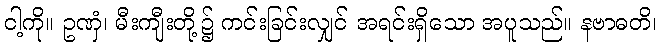
ငါ့ကို။ ဥဏှံ၊ မီးကျီးတို့၌ ကင်းခြင်းလျှင် အရင်းရှိသော အပူသည်။ နဗာဓတိ၊